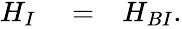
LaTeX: \begin{array}{rlr}{H_{I}}&{{}=}&{H_{BI}.}\end{array}